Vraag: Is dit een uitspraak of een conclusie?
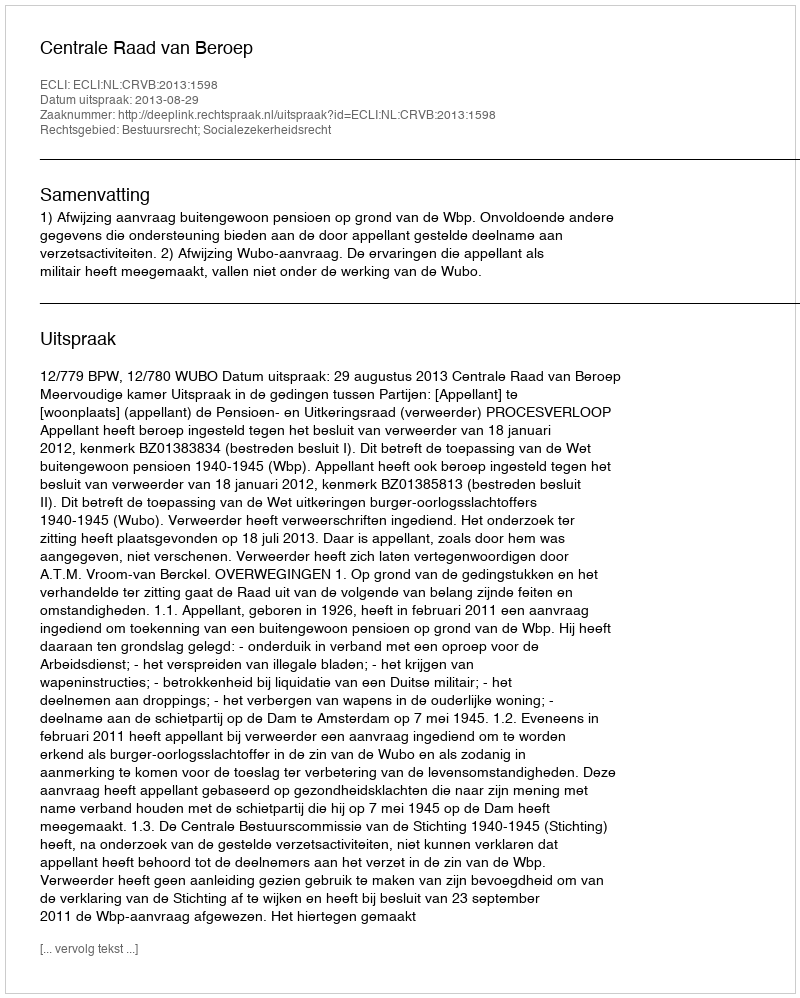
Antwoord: Uitspraak